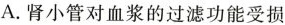
A.肾小管对血浆的过滤功能受损